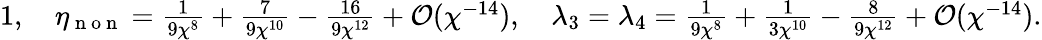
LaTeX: \textstyle 1,\quad\eta_{\mathrm{~n~o~n~}}=\frac{1}{9\chi^{8}}+\frac{7}{9\chi^{10}}-\frac{16}{9\chi^{12}}+\mathcal{O}(\chi^{-14}),\quad\lambda_{3}=\lambda_{4}=\frac{1}{9\chi^{8}}+\frac{1}{3\chi^{10}}-\frac{8}{9\chi^{12}}+\mathcal{O}(\chi^{-14}).